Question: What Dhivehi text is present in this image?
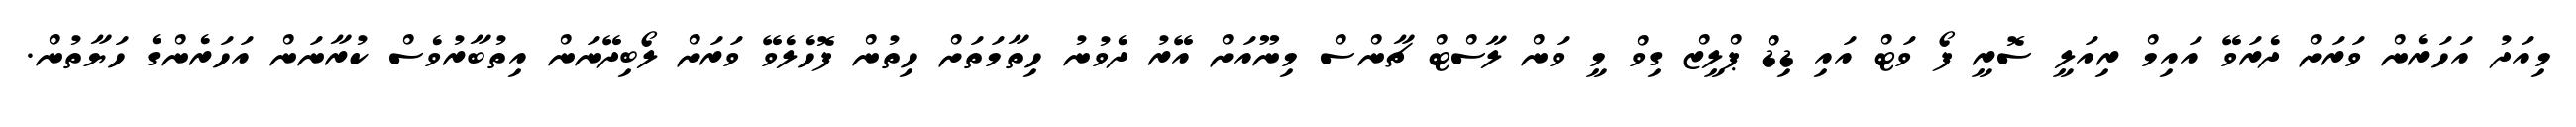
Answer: މިއަދު އަހަރެން ވަރަށް ދެރަވޭ އައިމް ރިއަލީ ސޮރީ ފޯ ވަޓް އައި ޑިޑް ޕްލީޒް ގިވް މީ ވަން ލާސްޓް ޗާންސް މިނޫއަށް އޭރު ދެވުނު ހިތާމަތަށް ހިތުން ފޮހެލެވޭ ވަރަށް ލޯބިދޭނަން އިތުބާރުވެސް ކުރާނަން އަހަރެންގެ ހަޔާތުން.